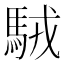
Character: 駥